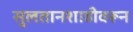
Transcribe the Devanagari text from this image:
सुलतानशाहीवरून